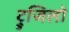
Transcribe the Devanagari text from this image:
ट्रुजिलो